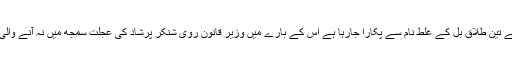
یہ بل جسے تین طلاق بل کے غلط نام سے پکارا جارہا ہے اس کے بارے میں وزیر قانون روی شنکر پرشاد کی عجلت سمجھ میں نہ آنے والی بات ہے۔